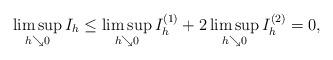
LaTeX: \begin{align*}\limsup_{h \searrow 0}I_h \leq \limsup_{h \searrow 0}I_h^{(1)}+2\limsup_{h \searrow 0}I^{(2)}_h &=0,\end{align*}